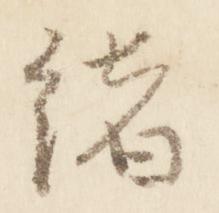
緒